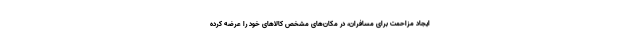
ایجاد مزاحمت برای مسافران، در مکان‌های مشخص کالاهای خود را عرضه کرده